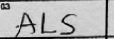
Transcription: ALS